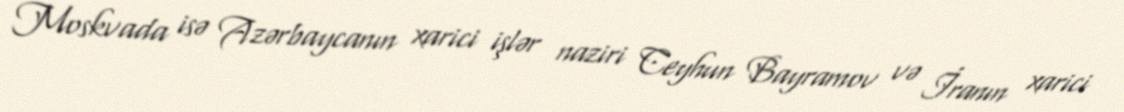
Moskvada isə Azərbaycanın xarici işlər naziri Ceyhun Bayramov və İranın xarici